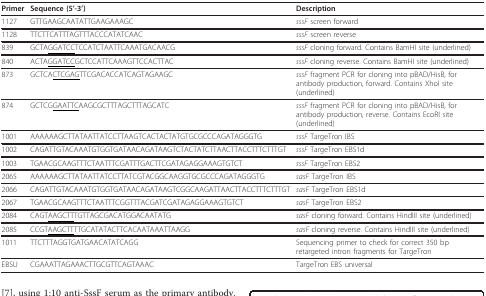
<table><thead><tr><td><b>Primer</b></td><td><b>Sequence (5&#x27;-3&#x27;)</b></td><td><b>Description</b></td></tr></thead><tbody><tr><td>1127</td><td>GTTGAAGCAATATTGAAGAAAGC</td><td><i>sssF </i>screen forward</td></tr><tr><td>1128</td><td>TTCTTCATTTAGTTTACCCATATCAAC</td><td><i>sssF </i>screen reverse</td></tr><tr><td>839</td><td>GCTA<underline>GGATCC</underline>TCCATCTAATTCAAATGACAACG</td><td><i>sssF </i>cloning forward. Contains BamHI site (underlined)</td></tr><tr><td>840</td><td>ACTA<underline>GGATCC</underline>GCTCCATTCAAAGTTCCACTTAC</td><td><i>sssF </i>cloning reverse. Contains BamHI site (underlined)</td></tr><tr><td>873</td><td>GCTCA<underline>CTCGAG</underline>TTCGACACCATCAGTAGAAGC</td><td><i>sssF </i>fragment PCR for cloning into pBAD/HisB, for antibody production, forward. Contains XhoI site (underlined)</td></tr><tr><td>874</td><td>GCTCG<underline>GAATTC</underline>AAGCGCTTTAGCTTTAGCATC</td><td><i>sssF </i>fragment PCR for cloning into pBAD/HisB, for antibody production, reverse. Contains EcoRI site (underlined)</td></tr><tr><td>1001</td><td>AAAAAAGCTTATAATTATCCTTAAGTCACTACTATGTGCGCCCAGATAGGGTG</td><td><i>sssF </i>TargeTron IBS</td></tr><tr><td>1002</td><td>CAGATTGTACAAATGTGGTGATAACAGATAAGTCTACTATCTTAACTTACCTTTCTTTGT</td><td><i>sssF </i>TargeTron EBS1d</td></tr><tr><td>1003</td><td>TGAACGCAAGTTTCTAATTTCGATTTGACTTCGATAGAGGAAAGTGTCT</td><td><i>sssF </i>TargeTron EBS2</td></tr><tr><td>2065</td><td>AAAAAAGCTTATAATTATCCTTATCGTACGGCAAGGTGCGCCCAGATAGGGTG</td><td><i>sasF </i>TargeTron IBS</td></tr><tr><td>2066</td><td>CAGATTGTACAAATGTGGTGATAACAGATAAGTCGGCAAGATTAACTTACCTTTCTTTGT</td><td><i>sasF </i>TargeTron EBS1d</td></tr><tr><td>2067</td><td>TGAACGCAAGTTTCTAATTTCGGTTTACGATCGATAGAGGAAAGTGTCT</td><td><i>sasF </i>TargeTron EBS2</td></tr><tr><td>2084</td><td>CAGT<underline>AAGCTT</underline>TGTTAGCGACATGGACAATATG</td><td><i>sasF </i>cloning forward. Contains HindIII site (underlined)</td></tr><tr><td>2085</td><td>CCGT<underline>AAGCTT</underline>TTGCATATACTTCACAATAAATTAAGG</td><td><i>sasF </i>cloning reverse. Contains HindIII site (underlined)</td></tr><tr><td>1011</td><td>TTCTTTAGGTGATGAACATATCAGG</td><td>Sequencing primer to check for correct 350 bp retargeted intron fragments for TargeTron</td></tr><tr><td>EBSU</td><td>CGAAATTAGAAACTTGCGTTCAGTAAAC</td><td>TargeTron EBS universal</td></tr></tbody></table>